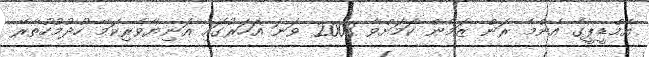
އެމްޑީޕީގެ އެންމެ ރަން ޒަމާން ކަމަށްވާ 2008 ވަނަ އަހަރުގައި އަނިޔާވެރިކަމޭ ހުދުމުހުތާރޭ